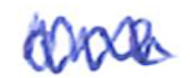
Text: one
Cross-out: zig-zag
Writing tool: ballpoint